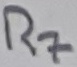
Text: R7